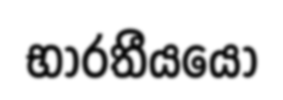
භාරතීයයෝ